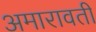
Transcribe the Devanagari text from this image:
अमारावती